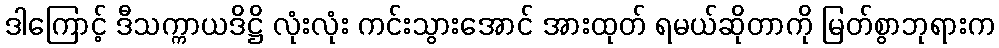
ဒါကြောင့် ဒီသက္ကာယဒိဋ္ဌိ လုံးလုံး ကင်းသွားအောင် အားထုတ် ရမယ်ဆိုတာကို မြတ်စွာဘုရားက